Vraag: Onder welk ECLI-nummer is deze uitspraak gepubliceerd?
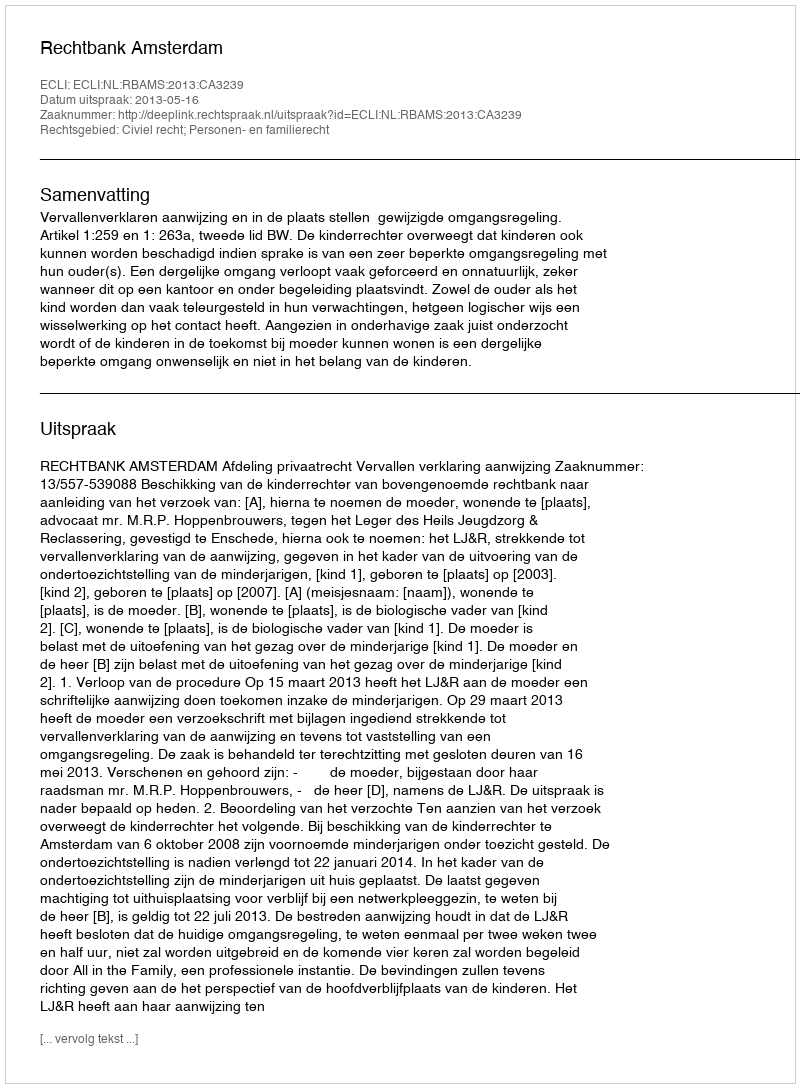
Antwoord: ECLI:NL:RBAMS:2013:CA3239